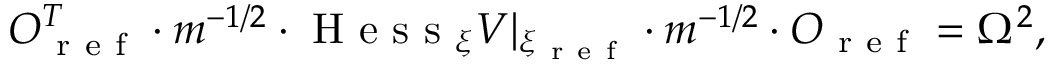
O _ { \mathrm { ~ r ~ e ~ f ~ } } ^ { T } \cdot m ^ { - 1 / 2 } \cdot \mathrm { ~ H ~ e ~ s ~ s ~ } _ { \xi } V | _ { \xi _ { \mathrm { ~ r ~ e ~ f ~ } } } \cdot m ^ { - 1 / 2 } \cdot O _ { \mathrm { ~ r ~ e ~ f ~ } } = \Omega ^ { 2 } ,